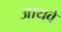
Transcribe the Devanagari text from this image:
आयवे